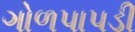
ગોળપાપડી